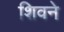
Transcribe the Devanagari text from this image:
शिवने